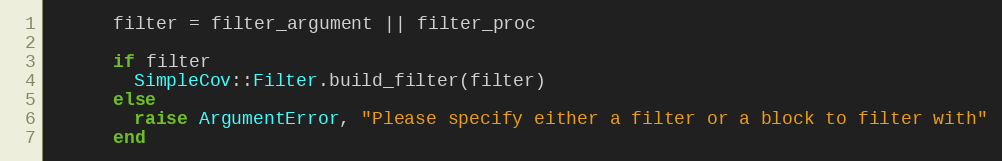
Language: Ruby
      filter = filter_argument || filter_proc

      if filter
        SimpleCov::Filter.build_filter(filter)
      else
        raise ArgumentError, "Please specify either a filter or a block to filter with"
      end